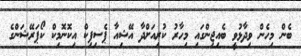
ބެން މިހެން ވިދާޅުވީ ބެއިޖިންގައި މިހާރު ކުރިއަށްދާ އޭޝިއާ ޕެސިފިކް އިކޮނޮމިކް ކޯޕަރޭޝަންގެ